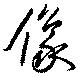
像